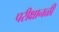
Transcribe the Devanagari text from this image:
परीक्षानळी